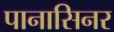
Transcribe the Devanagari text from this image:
पानासिनर